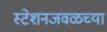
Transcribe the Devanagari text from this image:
स्टेशनजवळच्या